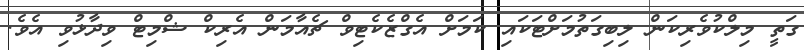
ގަތީ މިލްކުވެރިކަން ލިބިގަތުމަށްޓަކައި ކަމަށް އެގްޒެކެޓިވް ޗެއާމަން އެރިކް ޝްމިޓް ވިދާޅުވި އެވެ.